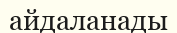
айдаланады